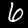
Label: 6